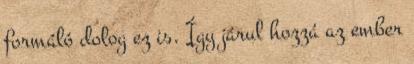
formáló dolog ez is. Így járul hozzá az ember